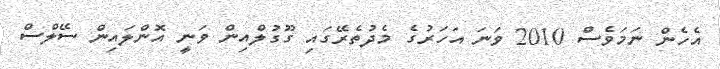
އެހެން ނަމަވެސް 2010 ވަނަ އަހަރުގެ މެދުތެރޭގައި ގޫގުލްއިން ވަނީ އޮންލައިން ސޭލްސް